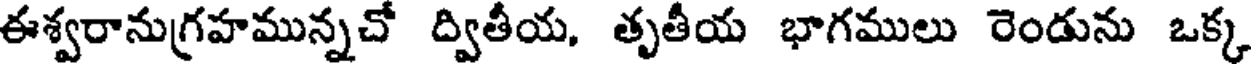
ఈశ్వరానుగ్రహమున్నచో ద్వితీయ, తృతీయ భాగములు రెండును ఒక్క